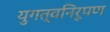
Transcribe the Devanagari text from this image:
युगत्वनिरूपण